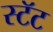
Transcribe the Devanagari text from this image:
स्टॅट